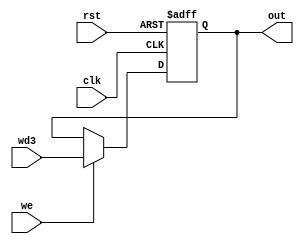
module registrador(input [7:0] wd3, input we, clk, rst, output reg [7:0] out);


	always@( posedge clk or negedge rst) begin
	    if (rst == 0)
	    	out = 0;
	    else if(we == 1)
	      out = wd3;
	end

endmodule

module decoder(input [2:0] in, output reg [7:0] out);
  
  always@(*)
    case(in)
      0 : out = 1;
      1 : out = 2;
      2 : out = 4;
      3 : out = 8;
      4 : out = 16;
      5 : out = 32;
      6 : out = 64;
      7 : out = 128;
      default: out = 0;
    endcase
  
endmodule

module mux_8_1(input [7:0] in0, 
                           in1,
                           in2,
                           in3,
                           in4,
                           in5,
                           in6,
                           in7,
               input [2:0] sel, 
               output reg [7:0] out
);
  
  always@(*)  
    case(sel)
      0 : out = in0;
      1 : out = in1;
      2 : out = in2;
      3 : out = in3;
      4 : out = in4;
      5 : out = in5;
      6 : out = in6;
      7 : out = in7;
      default: out = 0;
    endcase
  
endmodule


module mux2_1(input [7:0] in0, in1,
               input sel, 
               output reg [7:0] out
);
  
  always@(*)  
    case(sel)
      0 : out = in0;
      1 : out = in1;
      default: out = 0;
    endcase
  
endmodule

module AND(input in0, in1, output out);

		assign out = in0 && in1;
		
endmodule

module mux4_1(input [7:0] in0, in1, in2, in3,
       input [1:0] sel, 
       output reg [7:0] out
);

 always@(*)  
    case(sel)
      0 : out <= in0;
      1 : out <= in1;
		2 : out <= in2;
		3 : out <= in3;
      default: out = 0;
    endcase
	
endmodule